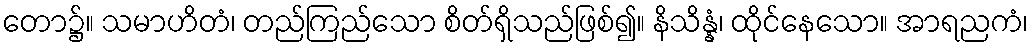
တော၌။ သမာဟိတံ၊ တည်ကြည်သော စိတ်ရှိသည်ဖြစ်၍။ နိသိန္နံ၊ ထိုင်နေသော။ အာရညကံ၊